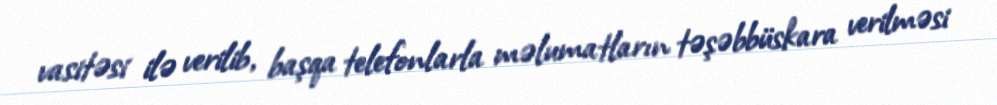
vasitəsi ilə verilib, başqa telefonlarla məlumatların təşəbbüskara verilməsi